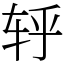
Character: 轷